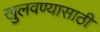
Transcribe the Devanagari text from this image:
खुलवण्यासाठी